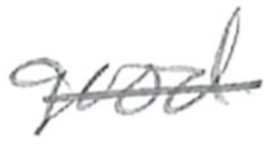
Text: good
Cross-out: single-line
Writing tool: pencil